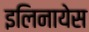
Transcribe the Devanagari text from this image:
इलिनायेस